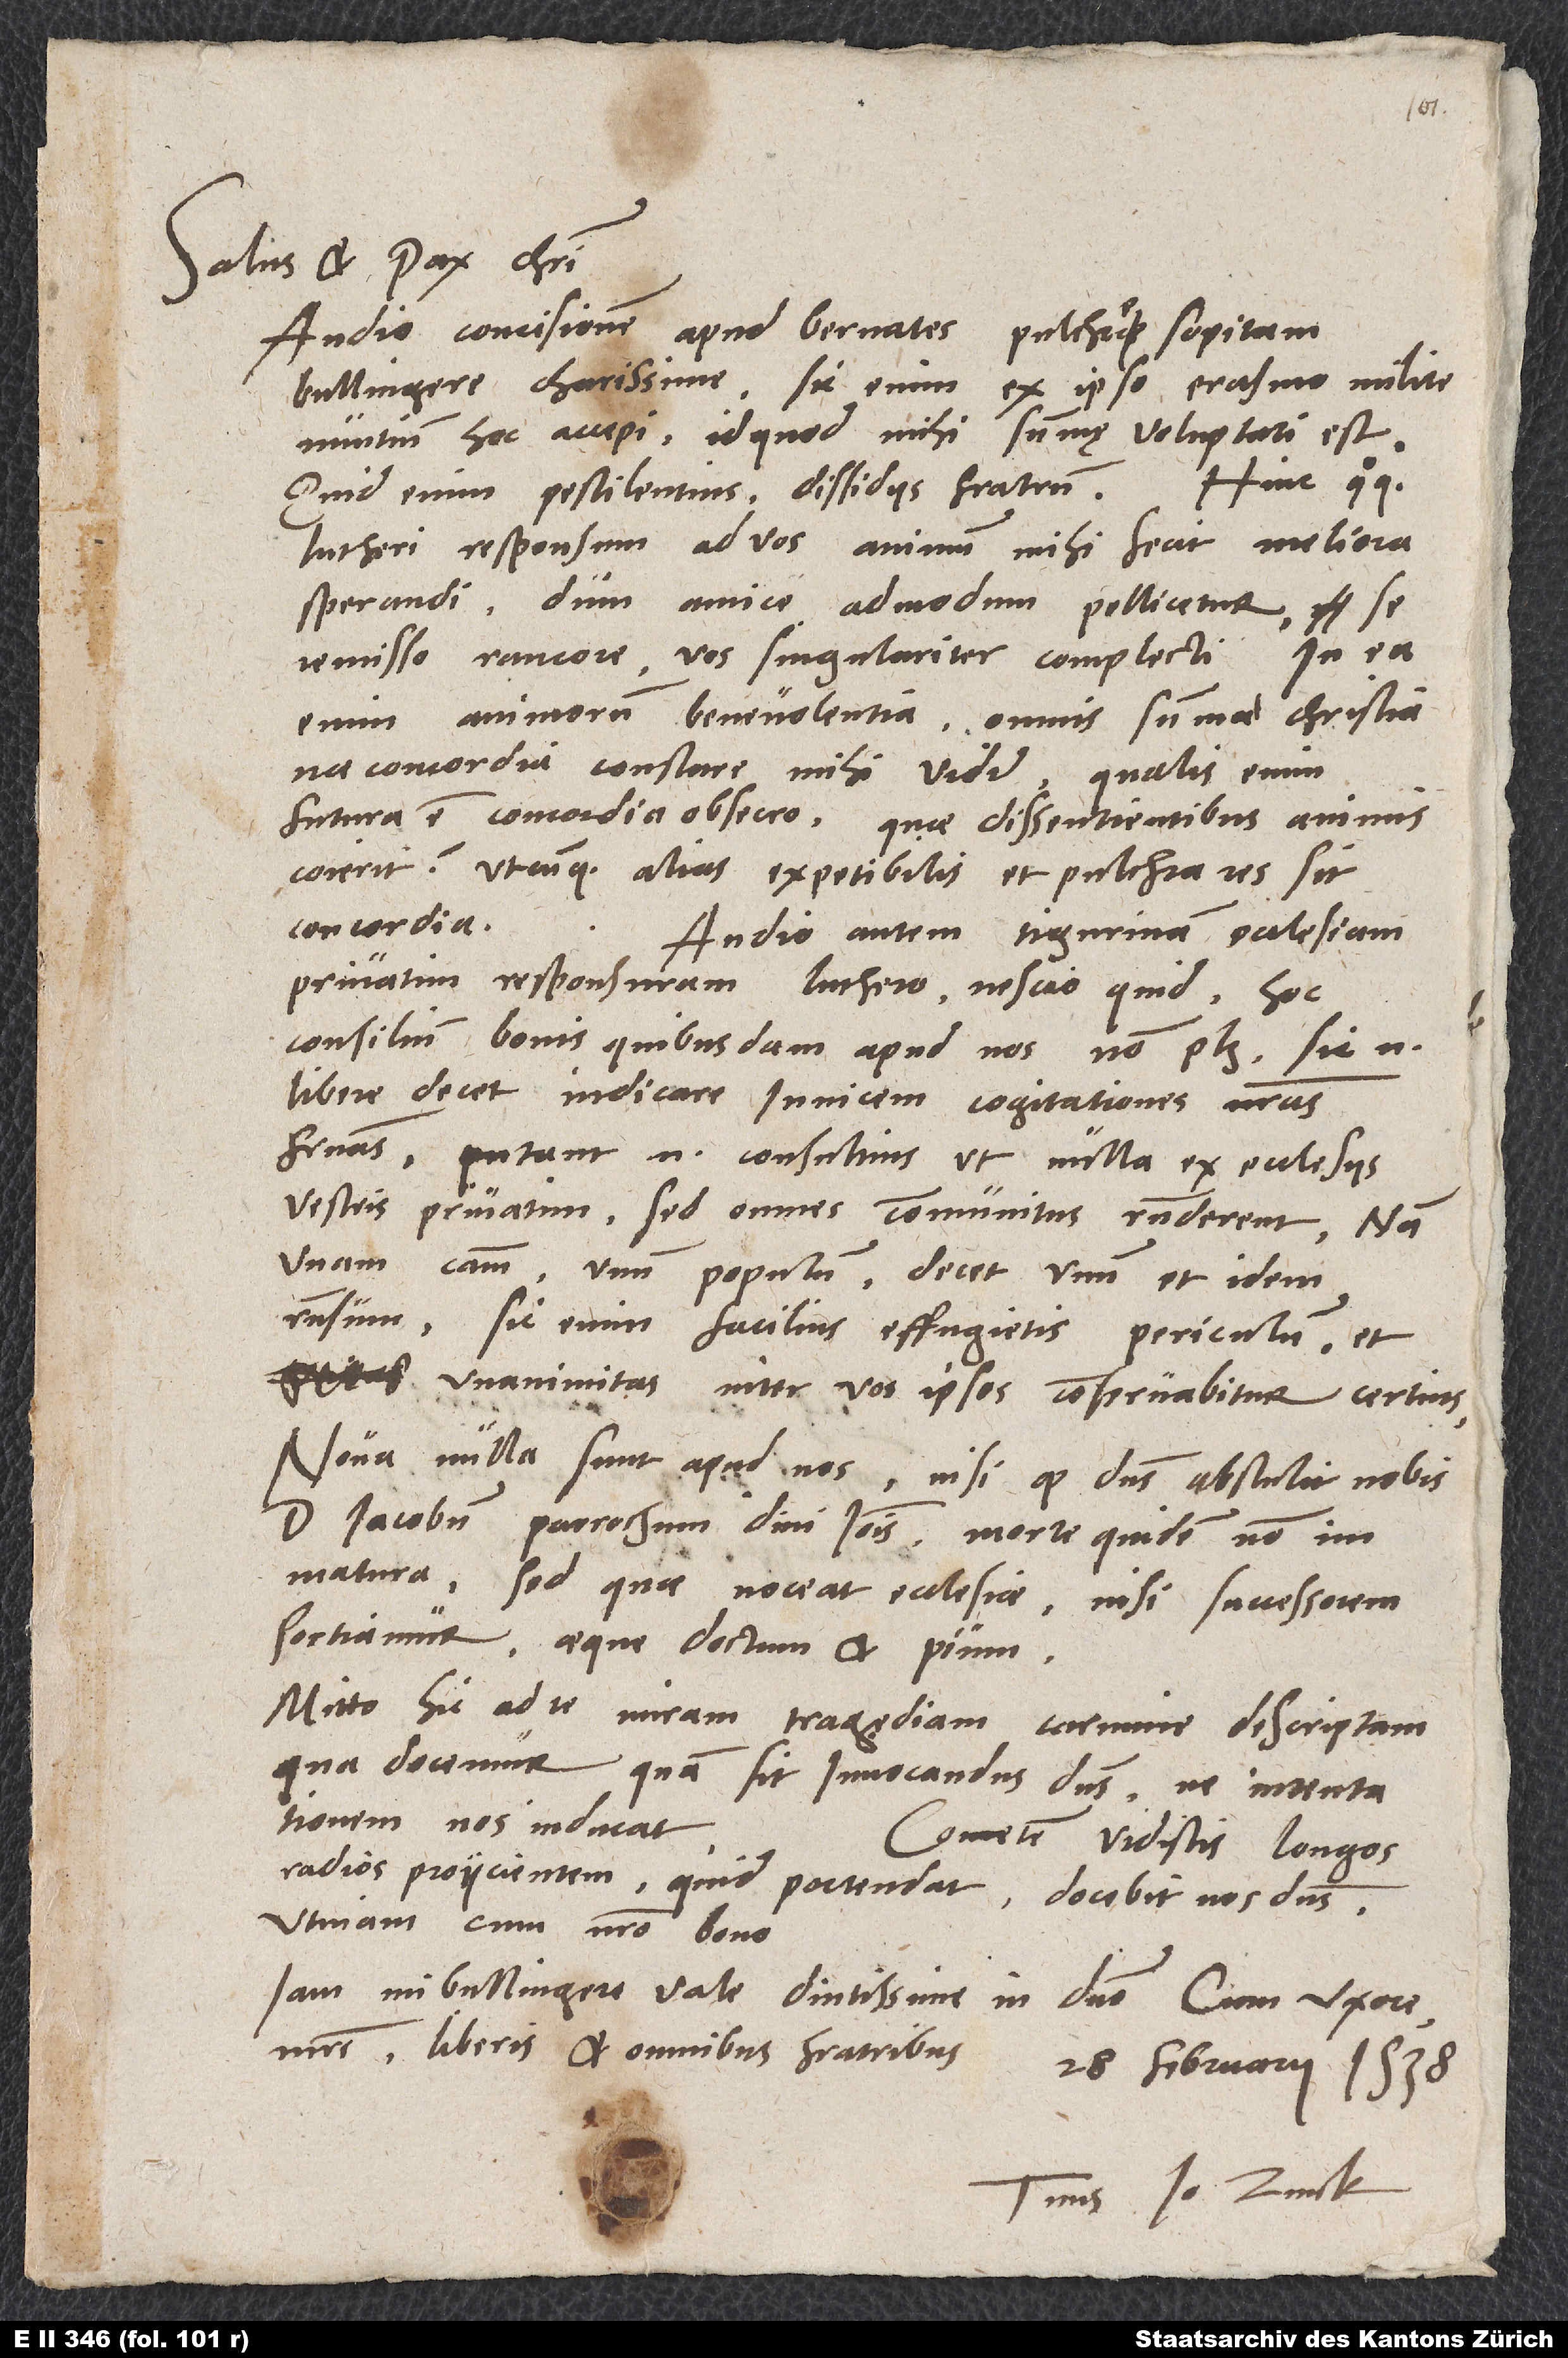
Salus et pax Christi.
Audio concisionem apud Bernates pulchre sopitam,
Bullingere charissime; sic enim ex ipso Erasmo Milite
nuntium hoc accepi, id quod mihi summę voluptati est.
Hinc quoque
Quid enim pestilentius dissidiis fratrum?
Lutheri responsum ad vos animum mihi fecit meliora
sperandi, dum amice admodum pollicetur se
remisso rancore vos singulariter complecti. In ea
enim animorum benevolentia omnis summa christiana
concordia constare mihi videtur. Qualis enim
futura est concordia, obsecro, quae dissentientibus animis
coierit? - utcunque alias expetibilis et pulchra res sit
concordia.
Audio autem Tigurinam ecclesiam
privatim responsuram Luthero nescio quid. Hoc
consilium bonis quibusdam apud nos non placet; sic enim
libere decet indicare invicem cogitationes nostras
fraternas. Putant enim consultius, ut nulla ex ecclesiis
vestris privatim, sed omnes communitus responderent. Nam
unam causam, unum populum decet unum et idem
responsum; sic enim facilius effugietis periculum, et
unanimitas inter vos ipsos conservabitur certius.
Nova nulla sunt apud nos, nisi quod dominus abstulit nobis
d. Iacobum, parrochum divi Ioannis, morte quidem non
immatura, sed quae noceat ecclesiae, nisi successorem
sortiamur aeque doctum et pium.
Mitto hic ad te miram tragędiam carmine descriptam,
qua docemur, quam sit invocandus dominus, ne in tentationem
nos ducat.
Cometen vidistis longos
radios proiicientem; quid portendat, docebit nos dominus.
Utinam cum nostro bono!
Iam, mi Bullingere, vale diutissime in domino cum uxore,
matre, liberis et omnibus fratribus.
28. februarii 1538.
Tuus Io. Zvick.